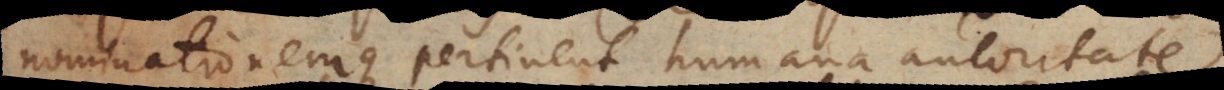
nominationemque pertinent humana autoritate